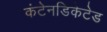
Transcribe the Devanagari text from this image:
कंटेनडिकेटेड